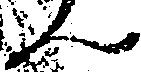
ん